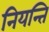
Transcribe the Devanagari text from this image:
नियन्ति